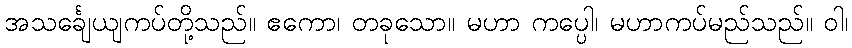
အသင်္ချေယျကပ်တို့သည်။ ဧကော၊ တခုသော။ မဟာ ကပ္ပေါ၊ မဟာကပ်မည်သည်။ ဝါ၊